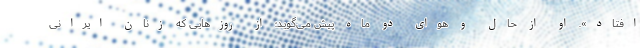
افتاد». او از حال و هوای دو ماه پیش می‌گوید؛ از روزهایی که زنان ایرانی